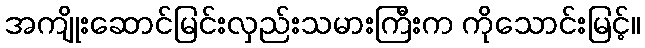
အကျိုးဆောင်မြင်းလှည်းသမားကြီးက ကိုသောင်းမြင့်။